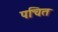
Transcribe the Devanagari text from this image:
पचित